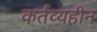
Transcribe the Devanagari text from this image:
कर्तव्यहीन